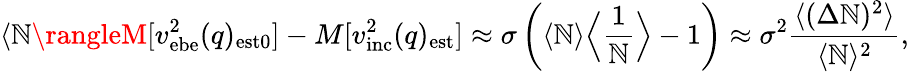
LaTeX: \langle\mathbb{N}\rangleM[v_{\mathrm{{ebe}}}^{2}(q)_{\mathrm{{est0}}}]-M[v_{\mathrm{{inc}}}^{2}(q)_{\mathrm{{est}}}]\approx\sigma\left(\langle\mathbb{N}\rangle\Big\langle\frac{1}{\mathbb{N}}\Big\rangle-1\right)\approx\sigma^{2}{\frac{{\langle(\Delta\mathbb{N})^{2}\rangle}}{{\langle\mathbb{N}\rangle^{2}}}},